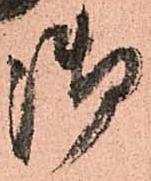
御